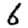
Digit: 6